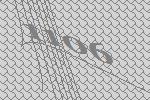
1106